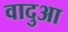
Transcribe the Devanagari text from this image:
वादुआ